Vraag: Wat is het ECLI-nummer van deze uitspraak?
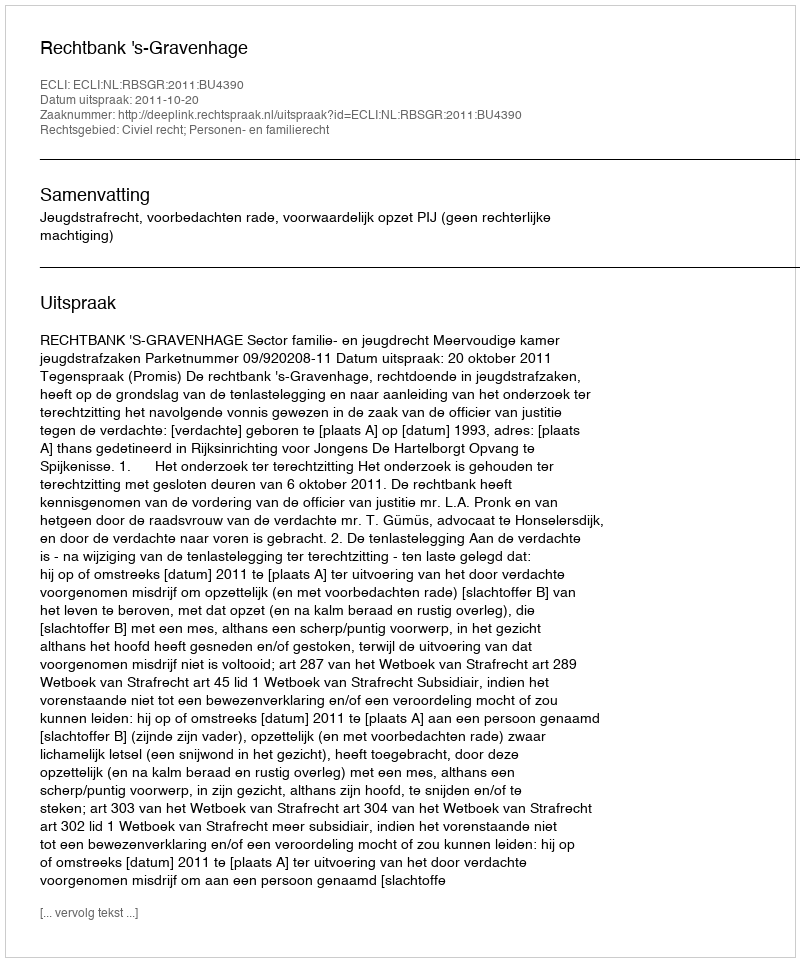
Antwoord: ECLI:NL:RBSGR:2011:BU4390